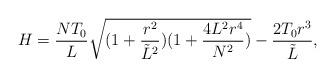
LaTeX: \begin{align*}H=\frac{NT_0}{L}\sqrt{(1+\frac{r^2}{{\tilde L}^2})(1+\frac{4L^2r^4}{N^2})}-\frac{2T_0r^3}{{\tilde L}},\end{align*}